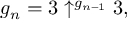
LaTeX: g _ { n } = 3 \uparrow ^ { g _ { n - 1 } } 3 ,